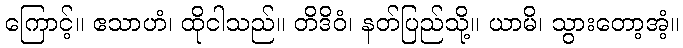
ကြောင့်။ ဧသာဟံ၊ ထိုငါသည်။ တိဒိဝံ၊ နတ်ပြည်သို့။ ယာမိ၊ သွားတော့အံ့။